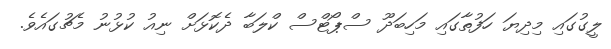
ލީގުގައި މިދިޔަ ހަފުތާގައި މަހިބަދޫ ސްޕޯޓްސް ކްލަބާ ދެކޮޅަށް ނިއު ކުޅުނު މެޗުގައެވެ.